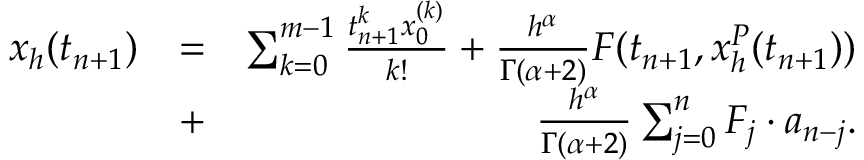
\begin{array} { r l r } { x _ { h } ( t _ { n + 1 } ) } & { = } & { \sum _ { k = 0 } ^ { m - 1 } \frac { t _ { n + 1 } ^ { k } x _ { 0 } ^ { ( k ) } } { k ! } + \frac { h ^ { \alpha } } { \Gamma ( \alpha + 2 ) } F ( t _ { n + 1 } , x _ { h } ^ { P } ( t _ { n + 1 } ) ) } \\ & { + } & { \frac { h ^ { \alpha } } { \Gamma ( \alpha + 2 ) } \sum _ { j = 0 } ^ { n } F _ { j } \cdot a _ { n - j } . } \end{array}